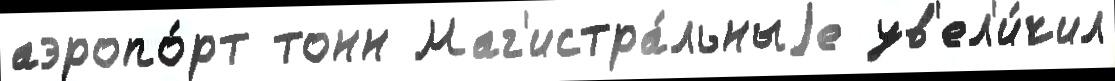
аэропо́рт тонн Маг'истра́льныjе ув'ел'и́чил